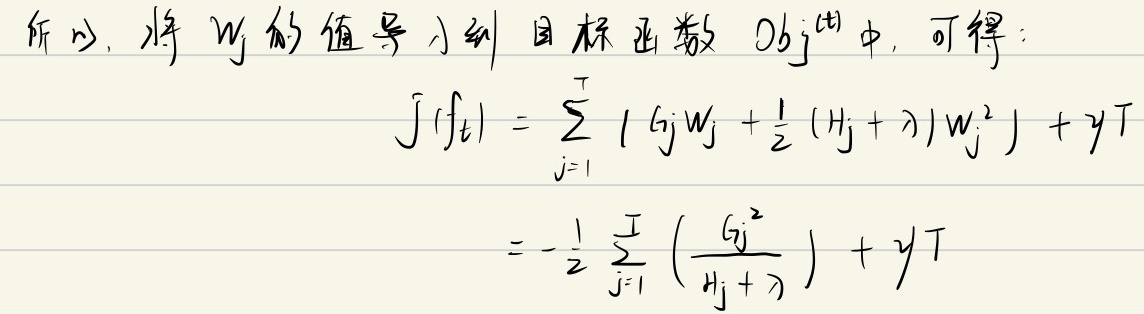
所以，将 \(w_j\) 的值导入到目标函数 \(Obj^{(t)}\) 中，可得：
\[\begin{align*}
\tilde{J}(f_t) &= \sum_{j = 1}^{T} \left( G_j w_j + \frac{1}{2} (H_j + \lambda) w_j^{2} \right) + \gamma T \\
&= -\frac{1}{2} \sum_{j = 1}^{T} \left( \frac{G_j^{2}}{H_j + \lambda} \right) + \gamma T
\end{align*}\]